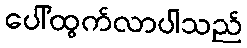
ပေါ်ထွက်လာပါသည်